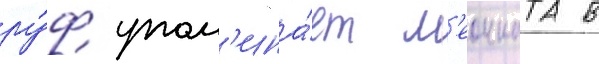
ру́ф упом'ина́ет л'еонната в